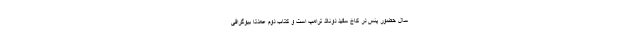
سال حضور پنس در کاخ سفید دونالد ترامپ است و کتاب دوم عمدتا بیوگرافی